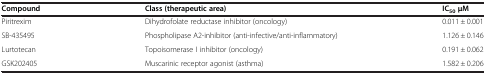
<table><thead><tr><td><b>Compound</b></td><td><b>Class (therapeutic area)</b></td><td><b>IC<sub>50 </sub>μM</b></td></tr></thead><tbody><tr><td>Piritrexim</td><td>Dihydrofolate reductase inhibitor (oncology)</td><td>0.011 ± 0.001</td></tr><tr><td>SB-435495</td><td>Phospholipase A2-inhibitor (anti-infective/anti-inflammatory)</td><td>1.126 ± 0.146</td></tr><tr><td>Lurtotecan</td><td>Topoisomerase I inhibitor (oncology)</td><td>0.191 ± 0.062</td></tr><tr><td>GSK202405</td><td>Muscarinic receptor agonist (asthma)</td><td>1.582 ± 0.206</td></tr></tbody></table>